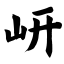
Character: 岍